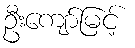
ဦးကျော်မြင့်